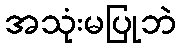
အသုံးမပြုဘဲ